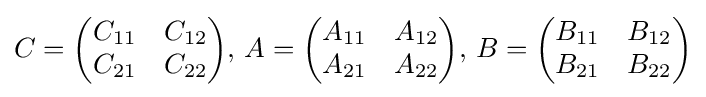
C={\begin{pmatrix}C_{11}&C_{12}\\C_{21}&C_{22}\\\end{pmatrix}},\,A={\begin{pmatrix}A_{11}&A_{12}\\A_{21}&A_{22}\\\end{pmatrix}},\,B={\begin{pmatrix}B_{11}&B_{12}\\B_{21}&B_{22}\\\end{pmatrix}}